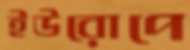
ইউরোপে